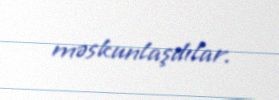
məskunlaşdılar.